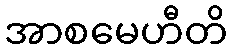
အာစမေဟီတိ